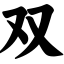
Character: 双